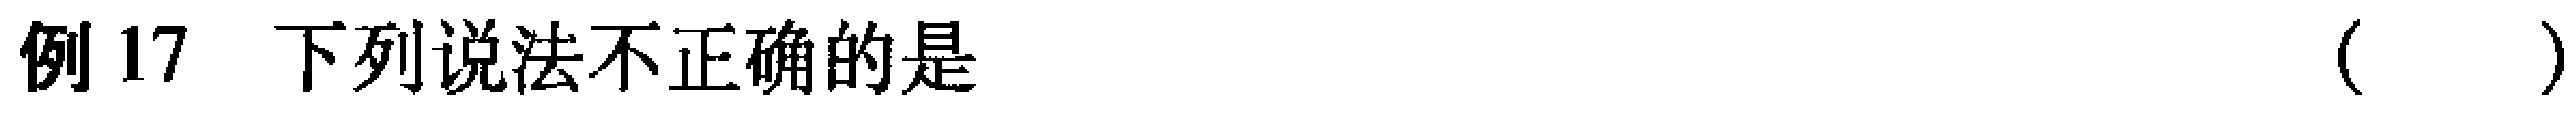
例 17 下列说法不正确的是 （  ）